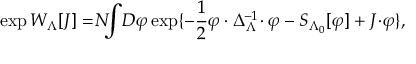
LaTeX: \exp W _ { \Lambda } [ J ] = \! N \! \! \! \int \! { \cal D } \varphi \exp \{ - \frac { 1 } { 2 } \varphi \cdot \Delta _ { \Lambda } ^ { - 1 } \! \cdot \varphi - S _ { \Lambda _ { 0 } } [ \varphi ] + J \! \cdot \! \varphi \} ,